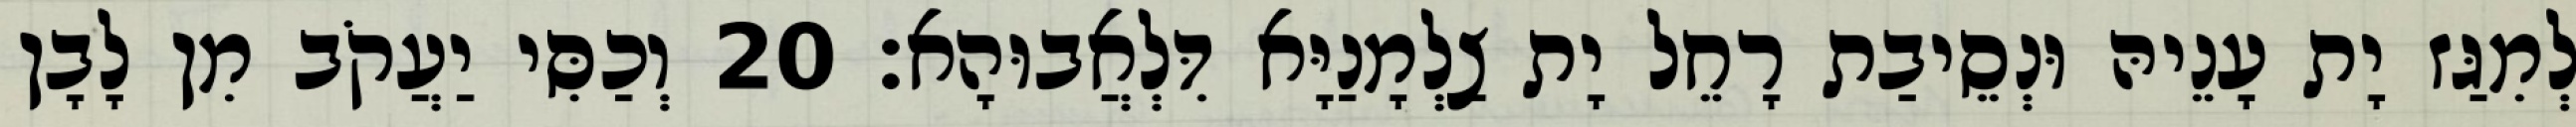
לְמִגַּז יָת עָנֵיהּ וּנְסֵיבַת רָחֵל יָת צַלְמָנַיָּא דִּלְאֲבוּהָא׃ 20 וְכַסִּי יַעֲקֹב מִן לָבָן